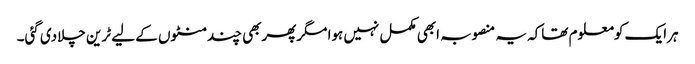
ہرایک کومعلوم تھاکہ یہ منصوبہ ابھی مکمل نہیں ہوا مگرپھربھی چندمنٹوں کے لیے ٹرین چلادی گئی۔